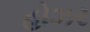
હોઝર